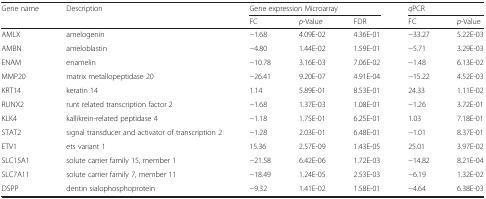
<table><thead><tr><td><b>Gene name</b></td><td><b>Description</b></td><td colspan="3"><b>Gene expression Microarray</b></td><td colspan="2"><b><i>q</i>PCR</b></td></tr><tr><td></td><td></td><td><b>FC</b></td><td><b><i>p</i>-Value</b></td><td><b>FDR</b></td><td><b>FC</b></td><td><b><i>p</i>-Value</b></td></tr></thead><tbody><tr><td>AMLX</td><td>amelogenin</td><td>−1.68</td><td>4.09E-02</td><td>4.36E-01</td><td>−33.27</td><td>5.22E-03</td></tr><tr><td>AMBN</td><td>ameloblastin</td><td>−4.80</td><td>1.44E-02</td><td>1.59E-01</td><td>−5.71</td><td>3.29E-03</td></tr><tr><td>ENAM</td><td>enamelin</td><td>−10.78</td><td>3.16E-03</td><td>7.06E-02</td><td>−1.48</td><td>6.13E-02</td></tr><tr><td>MMP20</td><td>matrix metallopeptidase 20</td><td>−26.41</td><td>9.20E-07</td><td>4.91E-04</td><td>−15.22</td><td>4.52E-03</td></tr><tr><td>KRT14</td><td>keratin 14</td><td>1.14</td><td>5.89E-01</td><td>8.53E-01</td><td>24.33</td><td>1.11E-02</td></tr><tr><td>RUNX2</td><td>runt related transcription factor 2</td><td>−1.68</td><td>1.37E-03</td><td>1.08E-01</td><td>−1.26</td><td>3.72E-01</td></tr><tr><td>KLK4</td><td>kallikrein-related peptidase 4</td><td>−1.18</td><td>1.75E-01</td><td>6.25E-01</td><td>1.03</td><td>7.18E-01</td></tr><tr><td>STAT2</td><td>signal transducer and activator of transcription 2</td><td>−1.28</td><td>2.03E-01</td><td>6.48E-01</td><td>−1.01</td><td>8.37E-01</td></tr><tr><td>ETV1</td><td>ets variant 1</td><td>15.36</td><td>2.57E-09</td><td>1.43E-05</td><td>25.01</td><td>3.97E-02</td></tr><tr><td>SLC15A1</td><td>solute carrier family 15, member 1</td><td>−21.58</td><td>6.42E-06</td><td>1.72E-03</td><td>−14.82</td><td>8.21E-04</td></tr><tr><td>SLC7A11</td><td>solute carrier family 7, member 11</td><td>−18.49</td><td>1.24E-05</td><td>2.53E-03</td><td>−6.19</td><td>1.32E-02</td></tr><tr><td>DSPP</td><td>dentin sialophosphoprotein</td><td>−9.32</td><td>1.41E-02</td><td>1.58E-01</td><td>−4.64</td><td>6.38E-03</td></tr></tbody></table>